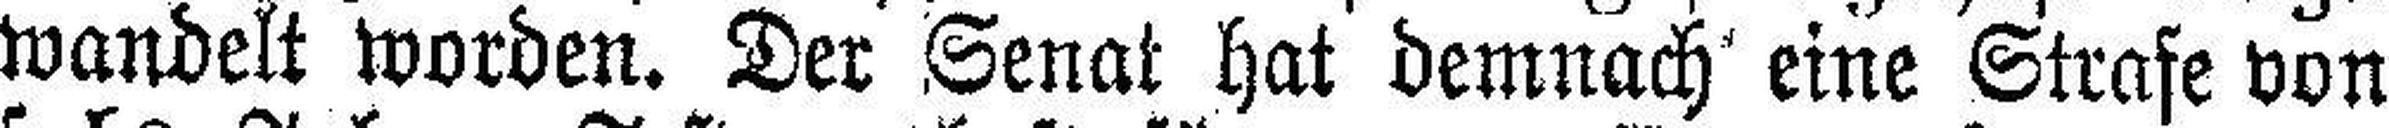
wandelt worden. Der Senat hat demnach eine Strafe von